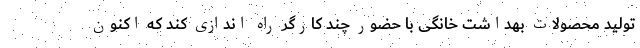
تولید محصولات بهداشت خانگی با حضور چند کارگر راه اندازی کند که اکنون